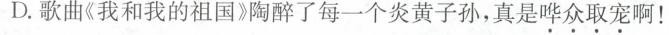
D.歌曲《我和我的祖国》陶醉了每一个炎黄子孙，真是哗众取宠啊！